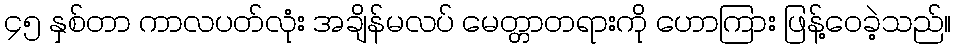
၄၅ နှစ်တာ ကာလပတ်လုံး အချိန်မလပ် မေတ္တာတရားကို ဟောကြား ဖြန့်ဝေခဲ့သည်။